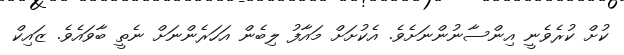
ކުށް ކުރެވެނީ އިންސާނުންނަށެވެ. އެކުށަށް މައާފު ލިބެން އަހަރެންނަށް ނެތީ ބާވައެެވެ. ޒައިކް